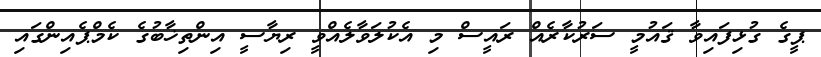
ޕީގެ ގުޅިފައިވާ ޤައުމީ ސަރުކާރެއް ރައީސް މި އެކުލަވާލެއްވީ ރިޔާސީ އިންތިޚާބުގެ ކެމްޕެއިންގައި